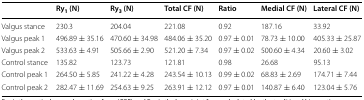
<table><thead><tr><td></td><td><b>Ry<sub>1</sub> (N)</b></td><td><b>Ry<sub>3</sub> (N)</b></td><td><b>Total CF (N)</b></td><td><b>Ratio</b></td><td><b>Medial CF (N)</b></td><td><b>Lateral CF (N)</b></td></tr></thead><tbody><tr><td>Valgus stance</td><td>230.3</td><td>204.04</td><td>221.08</td><td>0.92</td><td>187.16</td><td>33.92</td></tr><tr><td>Valgus peak 1</td><td>496.89 ± 35.16</td><td>470.60 ± 34.98</td><td>484.06 ± 35.20</td><td>0.97 ± 0.01</td><td>78.73 ± 10.00</td><td>405.33 ± 25.87</td></tr><tr><td>Valgus peak 2</td><td>533.63 ± 4.91</td><td>505.66 ± 2.90</td><td>521.20 ± 7.34</td><td>0.97 ± 0.02</td><td>500.60 ± 4.34</td><td>20.60 ± 3.02</td></tr><tr><td>Control stance</td><td>135.82</td><td>123.73</td><td>121.81</td><td>0.98</td><td>26.68</td><td>95.13</td></tr><tr><td>Control peak 1</td><td>264.50 ± 5.85</td><td>241.22 ± 4.28</td><td>243.54 ± 10.13</td><td>0.99 ± 0.02</td><td>68.83 ± 2.69</td><td>174.71 ± 7.44</td></tr><tr><td>Control peak 2</td><td>282.47 ± 11.69</td><td>254.63 ± 9.25</td><td>263.91 ± 12.12</td><td>0.97 ± 0.01</td><td>140.87 ± 6.40</td><td>123.04 ± 5.76</td></tr></tbody></table>